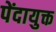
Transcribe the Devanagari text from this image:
पेंदायुक्त